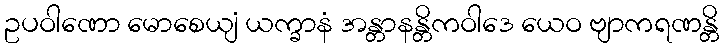
ဥပဝါဏော မောစေယျံ ယက္ခာနံ အန္တာနန္တိကဝါဒေ ယေဝ ဗျာကရဏန္တိ